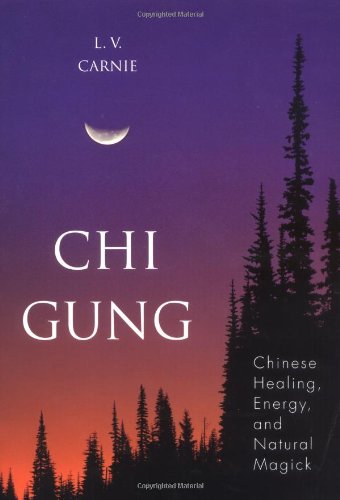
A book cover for Chi Gung: Chinese Healing, Energy and Natural Magick; L.V. Carnie; Health, Fitness & Dieting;